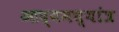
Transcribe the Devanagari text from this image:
आद्यमध्यांत्र